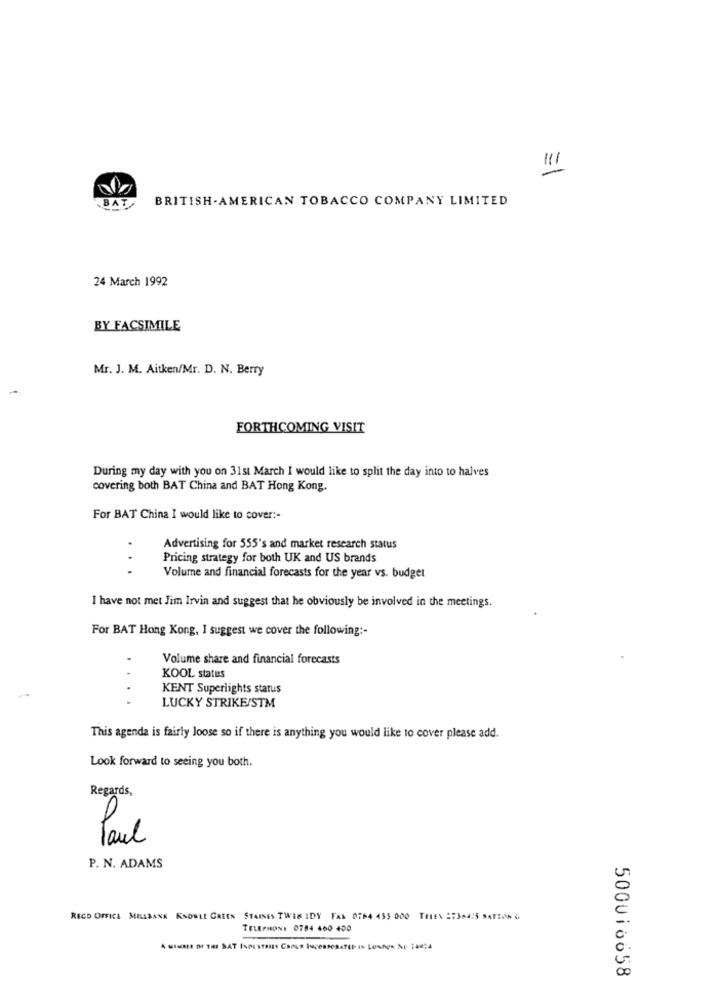
BAT
BRITISH.AMERICAN TOBACCO COMPANY LIMITED
24 March 1992
BY FACSIMILE
Mr. J. M. Aitken/Mr. D. N. Berry
FORTHCOMING VISIT
During my day with you on 31st March I would like to split the day into to halves
covering both BAT China and BAT Hong Kong.
For BAT China I would like to cover :-
Advertising for 555's and market research status
Pricing strategy for both UK and US brands
...
Volume and financial forecasts for the year vs. budget
I have not met Jim Irvin and suggest that he obviously be involved in the meetings.
For BAT Hong Kong, I suggest we cover the following :-
Volume share and financial forecasts
KOOL status
KENT Superlights status
LUCKY STRIKE/STM
This agenda is fairly loose so if there is anything you would like to cover please add.
Look forward to seeing you both.
Regards,
Paul
P. N. ADAMS
U
RECO OFFICE MILLBANK KNOWLL GREEN STAINES TWIN IDY FAX 0764 455 000 TELEN 273A475 SATION &
TELEPHONE 0784 460 400
00
500016658